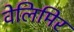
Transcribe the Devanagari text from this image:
वेलिमिर